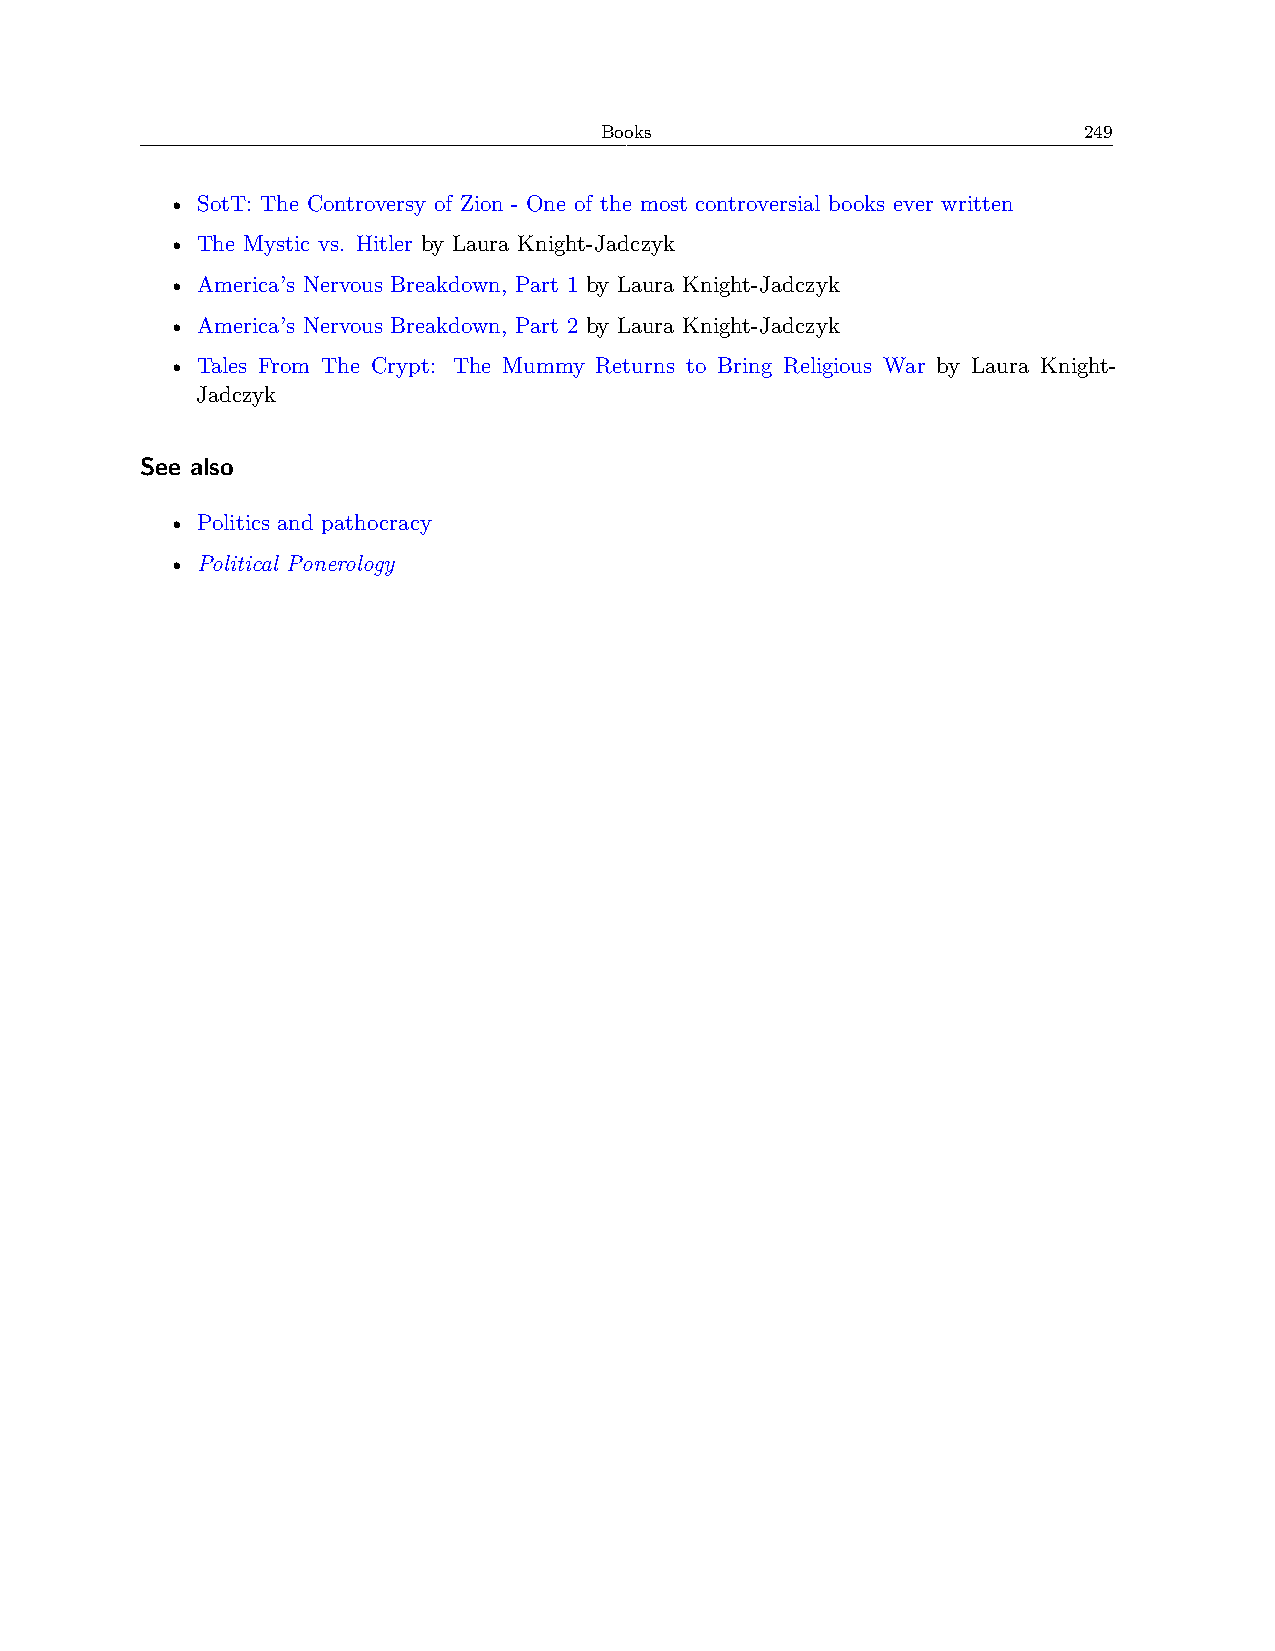
Books                           249
 • SotT: The Controversy of Zion - One of the most controversial books ever written
 • The Mystic vs. Hitler by Laura Knight-Jadczyk
 • America’s Nervous Breakdown, Part 1 by Laura Knight-Jadczyk
 • America’s Nervous Breakdown, Part 2 by Laura Knight-Jadczyk
 • Tales From The Crypt: The Mummy Returns to Bring Religious War by Laura Knight-
 Jadczyk
 See also
 • Politics and pathocracy
 • Political Ponerology